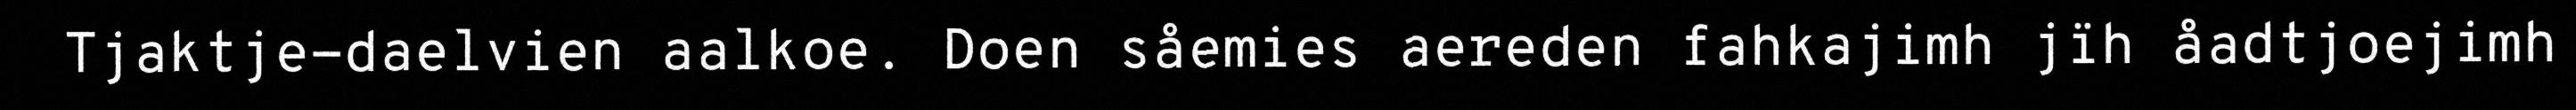
Tjaktje-daelvien aalkoe. Doen såemies aereden fahkajimh jïh åadtjoejimh